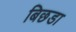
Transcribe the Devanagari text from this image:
बिछडा